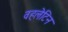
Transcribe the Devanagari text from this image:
वहलेटिन